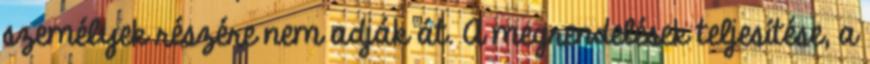
személyek részére nem adják át. A megrendelések teljesítése, a